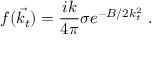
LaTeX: f ( \vec { k _ { t } } ) = \frac { i k } { 4 \pi } \sigma e ^ { - B / 2 k _ { t } ^ { 2 } } \ .